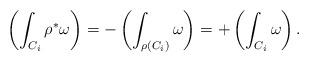
LaTeX: \begin{align*}\left(\int_{C_i} \rho^* \omega\right) = - \left(\int_{\rho(C_i)} \omega\right) = + \left(\int_{C_i} \omega\right).\end{align*}